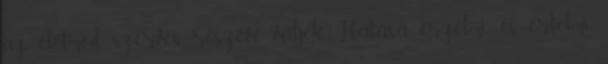
az életmód szerves részévé váljék. Hatása érzelmi és értelmi